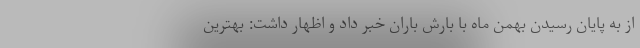
از به پایان رسیدن بهمن ماه با بارش باران خبر داد و اظهار داشت: بهترین